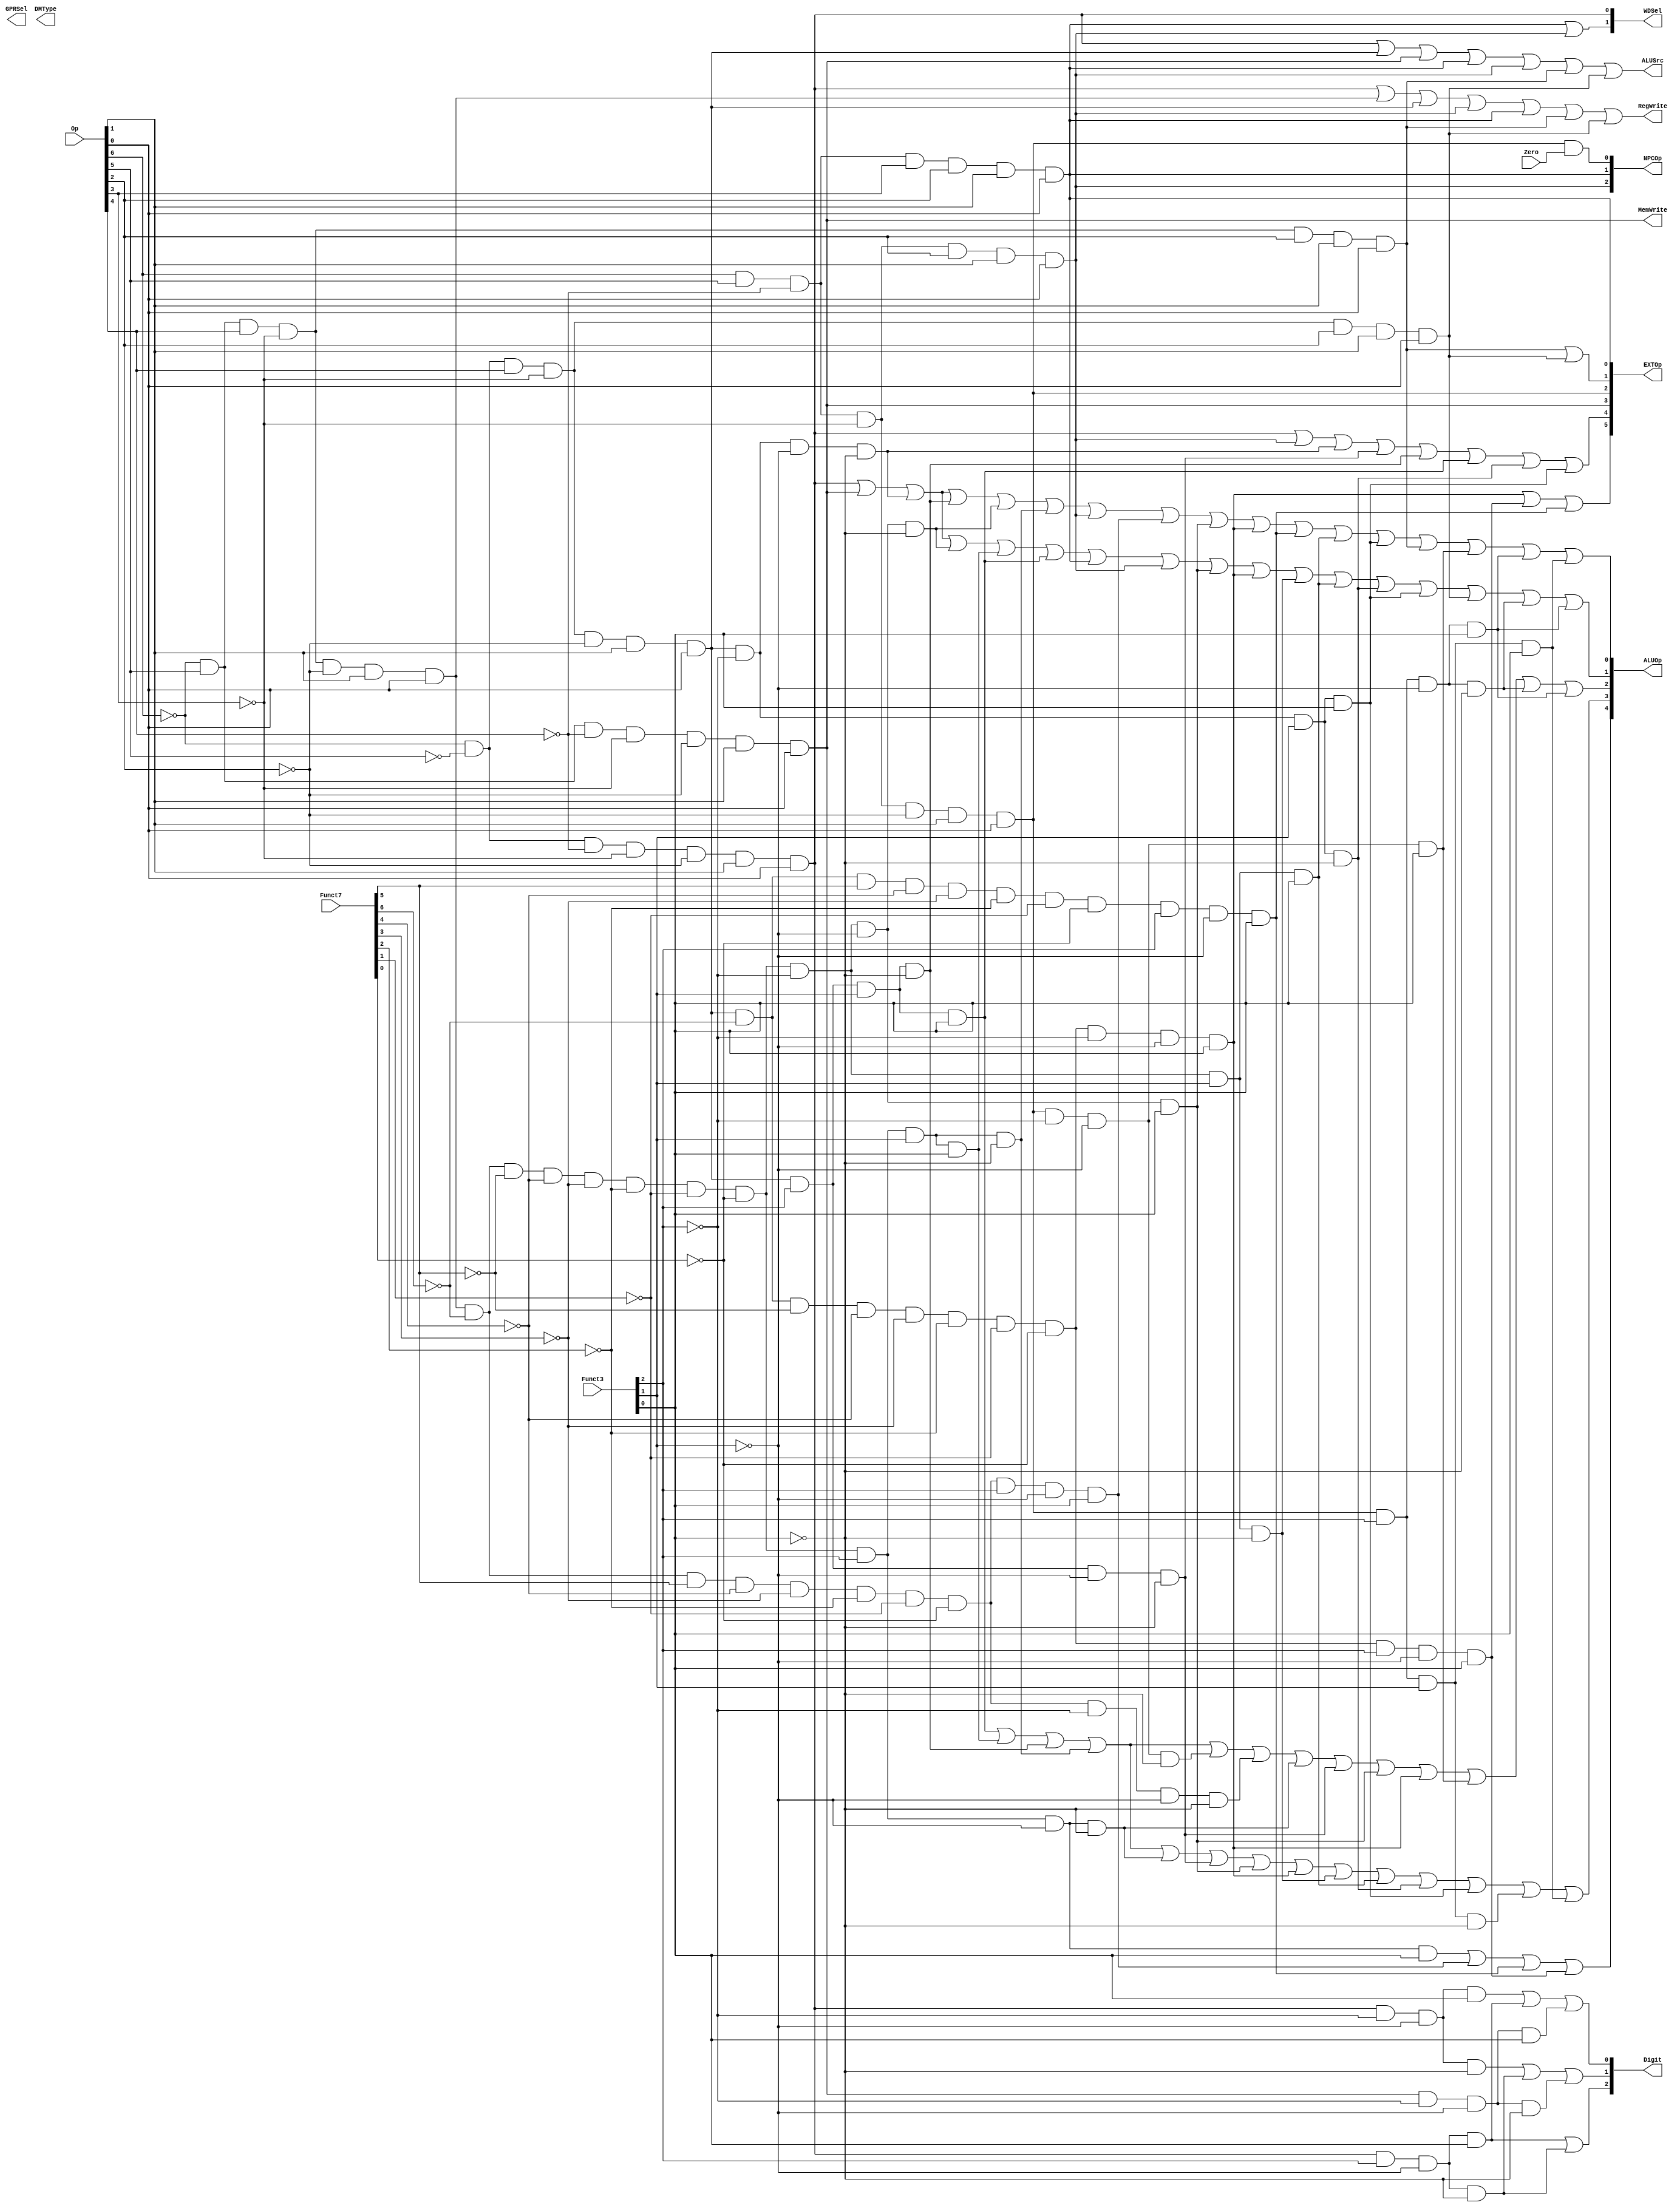
// `include "ctrl_encode_def.v"
//
//123
module ctrl(Op, Funct7, Funct3, Zero, 
            RegWrite, MemWrite,
            EXTOp, ALUOp, NPCOp, 
            ALUSrc, GPRSel, WDSel,DMType,Digit
            );
            
   input  [6:0] Op;       // opcode
   input  [6:0] Funct7;    // funct7
   input  [2:0] Funct3;    // funct3
   input        Zero;

   output       RegWrite; // control signal for register write
   output       MemWrite; // control signal for memory write
   output [5:0] EXTOp;    // control signal to signed extension
   output [4:0] ALUOp;    // ALU opertion
   output [2:0] NPCOp;    // next pc operation
   output       ALUSrc;   // ALU source for A
	output [2:0] DMType;
   output [1:0] GPRSel;   // general purpose register selection
   output [1:0] WDSel;    // (register) write data selection
   output [2:0] Digit;
   
  // r format
    wire rtype  = ~Op[6]&Op[5]&Op[4]&~Op[3]&~Op[2]&Op[1]&Op[0]; //0110011
    wire i_add  = rtype& ~Funct7[6]&~Funct7[5]&~Funct7[4]&~Funct7[3]&~Funct7[2]&~Funct7[1]&~Funct7[0]&~Funct3[2]&~Funct3[1]&~Funct3[0]; // add 0000000 000
    wire i_sub  = rtype& ~Funct7[6]& Funct7[5]&~Funct7[4]&~Funct7[3]&~Funct7[2]&~Funct7[1]&~Funct7[0]&~Funct3[2]&~Funct3[1]&~Funct3[0]; // sub 0100000 000
    wire i_or   = rtype& ~Funct7[6]&~Funct7[5]&~Funct7[4]&~Funct7[3]&~Funct7[2]&~Funct7[1]&~Funct7[0]& Funct3[2]& Funct3[1]&~Funct3[0]; // or 0000000 110
    wire i_and  = rtype& ~Funct7[6]&~Funct7[5]&~Funct7[4]&~Funct7[3]&~Funct7[2]&~Funct7[1]&~Funct7[0]& Funct3[2]& Funct3[1]& Funct3[0]; // and 0000000 111
    wire i_xor  = rtype& ~Funct7[6]&~Funct7[5]&~Funct7[4]&~Funct7[3]&~Funct7[2]&~Funct7[1]&~Funct7[0]& Funct3[2]&~Funct3[1]&~Funct3[0]; // xor 0000000 100
    wire i_sll  = rtype& ~Funct7[6]&~Funct7[5]&~Funct7[4]&~Funct7[3]&~Funct7[2]&~Funct7[1]&~Funct7[0]&~Funct3[2]&~Funct3[1]& Funct3[0]; // sll 0000000 001
    wire i_srl  = rtype& ~Funct7[6]&~Funct7[5]&~Funct7[4]&~Funct7[3]&~Funct7[2]&~Funct7[1]&~Funct7[0]& Funct3[2]&~Funct3[1]& Funct3[0]; // srl 0000000 101
    wire i_sra  = rtype& ~Funct7[6]& Funct7[5]&~Funct7[4]&~Funct7[3]&~Funct7[2]&~Funct7[1]&~Funct7[0]& Funct3[2]&~Funct3[1]& Funct3[0]; // sra 0100000 101
    wire i_slt  = rtype& ~Funct7[6]&~Funct7[5]&~Funct7[4]&~Funct7[3]&~Funct7[2]&~Funct7[1]&~Funct7[0]&~Funct3[2]& Funct3[1]&~Funct3[0]; // slt 0000000 010
    wire i_sltu = rtype& ~Funct7[6]&~Funct7[5]&~Funct7[4]&~Funct7[3]&~Funct7[2]&~Funct7[1]&~Funct7[0]&~Funct3[2]& Funct3[1]& Funct3[0]; // sltu 0000000 011

 // i format
    wire itype_l  = ~Op[6]&~Op[5]&~Op[4]&~Op[3]&~Op[2]&Op[1]&Op[0]; //0000011
    wire i_lw     = itype_l&~Funct3[2]& Funct3[1]&~Funct3[0]; // lw 010
    wire i_lb     = itype_l&~Funct3[2]&~Funct3[1]&~Funct3[0]; // lb 000
    wire i_lh     = itype_l&~Funct3[2]&~Funct3[1]& Funct3[0]; // lh 001
    wire i_lbu    = itype_l& Funct3[2]&~Funct3[1]&~Funct3[0]; // lbu 100
    wire i_lhu    = itype_l& Funct3[2]&~Funct3[1]& Funct3[0]; // lhu 101
 
// i format
    wire itype_r = ~Op[6]&~Op[5]&Op[4]&~Op[3]&~Op[2]&Op[1]&Op[0]; //0010011
    wire i_addi  = itype_r&~Funct3[2]&~Funct3[1]&~Funct3[0]; // addi 000
    wire i_ori   = itype_r& Funct3[2]& Funct3[1]&~Funct3[0]; // ori 110
    wire i_andi  = itype_r& Funct3[2]& Funct3[1]& Funct3[0]; // andi 111
    wire i_xori  = itype_r& Funct3[2]&~Funct3[1]&~Funct3[0]; // xori 100
    wire i_slli  = itype_r&~Funct7[6]&~Funct7[5]&~Funct7[4]&~Funct7[3]&~Funct7[2]&~Funct7[1]&~Funct7[0]&~Funct3[2]&~Funct3[1]& Funct3[0]; // slli 0000000 001
    wire i_srli  = itype_r&~Funct7[6]&~Funct7[5]&~Funct7[4]&~Funct7[3]&~Funct7[2]&~Funct7[1]&~Funct7[0]& Funct3[2]&~Funct3[1]& Funct3[0]; // srli 0000000 101
    wire i_srai  = itype_r&~Funct7[6]& Funct7[5]&~Funct7[4]&~Funct7[3]&~Funct7[2]&~Funct7[1]&~Funct7[0]& Funct3[2]&~Funct3[1]& Funct3[0]; // srai 0100000 101
    wire i_slti  = itype_r&~Funct3[2]& Funct3[1]&~Funct3[0]; // slti 010
    wire i_sltiu = itype_r&~Funct3[2]& Funct3[1]& Funct3[0]; // sltiu 011
 //jalr
	 wire i_jalr =Op[6]&Op[5]&~Op[4]&~Op[3]&Op[2]&Op[1]&Op[0];//jalr 1100111

  // s format
    wire stype  = ~Op[6]&Op[5]&~Op[4]&~Op[3]&~Op[2]&Op[1]&Op[0];//0100011
    wire i_sw   =  stype& ~Funct3[2]& Funct3[1]&~Funct3[0]; // sw 010
    wire i_sb   =  stype& ~Funct3[2]&~Funct3[1]&~Funct3[0]; // sb 000
    wire i_sh   =  stype& ~Funct3[2]&~Funct3[1]& Funct3[0]; // sh 001

  // sb format
    wire sbtype = Op[6]&Op[5]&~Op[4]&~Op[3]&~Op[2]&Op[1]&Op[0];//1100011
    wire i_beq  = sbtype& ~Funct3[2]&~Funct3[1]&~Funct3[0]; // beq 000
    wire i_bne  = sbtype& ~Funct3[2]&~Funct3[1]& Funct3[0]; // bne 001
    wire i_blt  = sbtype&  Funct3[2]&~Funct3[1]&~Funct3[0]; // blt 100
    wire i_bge  = sbtype&  Funct3[2]&~Funct3[1]& Funct3[0]; // bge 101
    wire i_bltu = sbtype&  Funct3[2]& Funct3[1]&~Funct3[0]; // bltu 110
    wire i_bgeu = sbtype&  Funct3[2]& Funct3[1]& Funct3[0]; // bgeu 111
 // j format
   wire i_jal   = Op[6]& Op[5]&~Op[4]& Op[3]& Op[2]& Op[1]& Op[0];  // jal 1101111
  // U format
   wire i_lui   =~Op[6]& Op[5]& Op[4]&~Op[3]& Op[2]& Op[1]& Op[0]; //lui 0110111
   wire i_auipc =~Op[6]&~Op[5]& Op[4]&~Op[3]& Op[2]& Op[1]& Op[0]; //auipc 0010111
  // generate control signals
 assign RegWrite   = itype_l | rtype  | itype_r | i_jalr |i_jal
                    |i_lui   | i_auipc; // register write
  //IR
  assign MemWrite   = stype ;                           // memory write
 
  assign ALUSrc     = itype_l | itype_r | stype | i_jal | i_jalr
                     |i_lui   |i_auipc  ;   
            // ALU B is from instruction immediate
  // I 

  // signed extension
  // EXT_CTRL_ITYPE_SHAMT 6'b100000
  // EXT_CTRL_ITYPE	      6'b010000
  // EXT_CTRL_STYPE	      6'b001000
  // EXT_CTRL_BTYPE	      6'b000100
  // EXT_CTRL_UTYPE	      6'b000010
  // EXT_CTRL_JTYPE	      6'b000001
  assign EXTOp[5] = i_slli |i_srli |i_srai;
  assign EXTOp[4] = itype_l| i_jalr|i_addi|i_xori|i_ori|i_andi|i_slti|i_sltiu;  
  //I12
  assign EXTOp[3] = stype; 
  assign EXTOp[2] = sbtype; 
  assign EXTOp[1] = i_lui|i_auipc;  
  assign EXTOp[0] = i_jal;         


  //
  // WDSel_FromALU 2'b00
  // WDSel_FromMEM 2'b01
  // WDSel_FromPC  2'b10 
  assign WDSel[0] = itype_l;
  assign WDSel[1] = i_jal | i_jalr;
  
  //PC
  // NPC_PLUS4   3'b000
  // NPC_BRANCH  3'b001
  // NPC_JUMP    3'b010
  // NPC_JALR	3'b100
  assign NPCOp[0] = sbtype & Zero;
  assign NPCOp[1] = i_jal;
	assign NPCOp[2]=i_jalr;
  
  //
  //32 3'b000
  //16 3'b001
  //8  3'b010
  //
  //0 3'b0xx0 3'b1xx
  assign Digit[0] = i_lh   |i_lhu|i_sh;
  assign Digit[1] = i_lb   |i_lbu|i_sb;
  assign Digit[2] = i_lhu  |i_lbu;

  //AlU
	assign ALUOp[0] = itype_l|stype|i_addi|i_ori |i_add  |i_or   |i_jalr |
                    i_sra  |i_sll|i_slli|i_srai|i_sltu |i_sltiu|i_lui  |
                    i_bne  |i_bge|i_bgeu;
	assign ALUOp[1] = itype_l|stype|i_addi|i_add |i_and  |i_andi |i_jal  |
                    i_jalr |i_sll|i_slli|i_slt |i_sltu |i_slti |i_sltiu|
                    i_auipc|i_blt|i_bge;
	assign ALUOp[2] = i_andi |i_and|i_ori |i_or  |i_beq  |i_sub  |i_xor  |
                    i_xori |i_sll|i_slli|i_bne |i_blt  |i_bge;
	assign ALUOp[3] = i_andi |i_and|i_ori |i_or  |i_xor  |i_xori |i_sll  |
                    i_slli |i_slt|i_sltu|i_slti|i_sltiu|i_bltu |i_bgeu;
	assign ALUOp[4] = i_srl  |i_sra|i_srai|i_srli;

endmodule